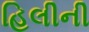
હિલીની